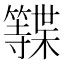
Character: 𮆩